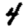
Digit: 4